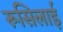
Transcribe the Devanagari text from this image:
रूसिलाई